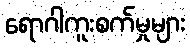
ရောဂါကူးစက်မှုများ